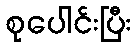
စုပေါင်းပြီး